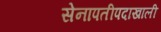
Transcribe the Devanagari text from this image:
सेनापतीपदाखाली